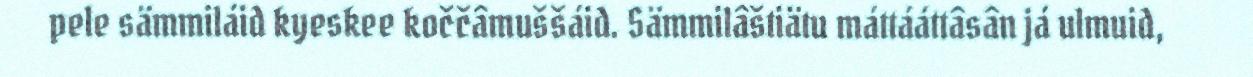
pele sämmiláid kyeskee koččâmuššáid. Sämmilâštiätu máttááttâsân já ulmuid,